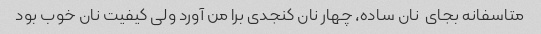
متاسفانه بجای  نان ساده، چهار نان کنجدی برا من آورد ولی کیفیت نان خوب بود